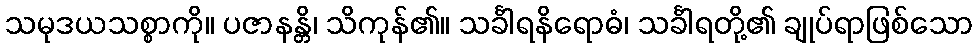
သမုဒယသစ္စာကို။ ပဇာနန္တိ၊ သိကုန်၏။ သင်္ခါရနိရောဓံ၊ သင်္ခါရတို့၏ ချုပ်ရာဖြစ်သော